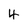
Character: 4